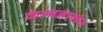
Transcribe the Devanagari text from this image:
कल्पनाबीज